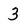
Character: 3